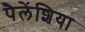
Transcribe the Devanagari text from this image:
पैलेंशिया